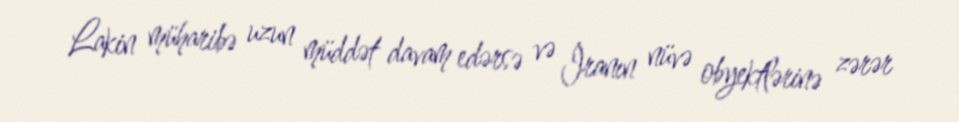
Lakin müharibə uzun müddət davam edərsə və İranın nüvə obyektlərinə zərər